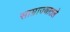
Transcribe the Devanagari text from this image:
साम्राज्यातले